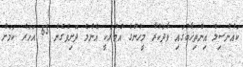
ކައުންސިލް އިިންތިޚާބުގައި ވާދަކުރާ މީހުންގެ އުމުރަކީ އެންމެ ދޮށިވެގެން 65 އަހަރު ކަމަށް